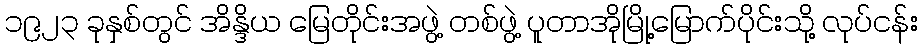
၁၉၂၃ ခုနှစ်တွင် အိန္ဒိယ မြေတိုင်းအဖွဲ့ တစ်ဖွဲ့ ပူတာအိုမြို့မြောက်ပိုင်းသို့ လုပ်ငန်း